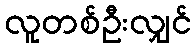
လူတစ်ဦးလျှင်